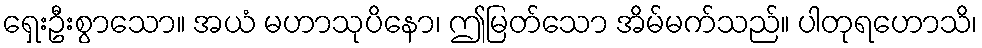
ရှေးဦးစွာသော။ အယံ မဟာသုပိနော၊ ဤမြတ်သော အိမ်မက်သည်။ ပါတုရဟောသိ၊